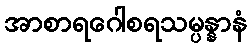
အာစာရဂေါစရသမ္ပန္နာနံ